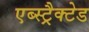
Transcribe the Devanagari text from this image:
एब्स्ट्रैक्टेड